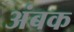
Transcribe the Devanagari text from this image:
अंबक